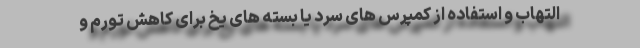
التهاب و استفاده از کمپرس های سرد یا بسته های یخ برای کاهش تورم و